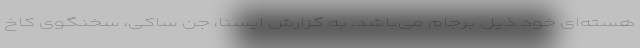
هسته‌ای خود ذیل برجام می‌باشد. به گزارش ایسنا، جن ساکی، سخنگوی کاخ